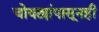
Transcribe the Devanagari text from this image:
चोयट्यांपासूनही